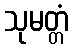
သုမတ္တံ